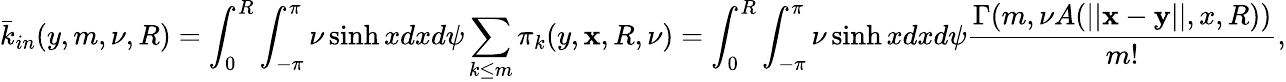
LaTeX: \bar{k}_{in}(y,m,\nu,R)=\int_{0}^{R}\int_{-\pi}^{\pi}\nu\sinh xdxd\psi\sum_{k\leq m}\pi_{k}(y,\mathbf x,R,\nu)=\int_{0}^{R}\int_{-\pi}^{\pi}\nu\sinh xdxd\psi\frac{\Gamma(m,\nu A(||\mathbf x-\mathbf y||,x,R))}{m!},